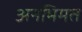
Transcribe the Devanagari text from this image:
अनभिमत